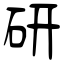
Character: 研